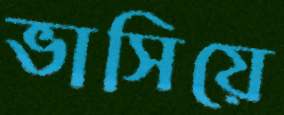
ভাসিয়ে